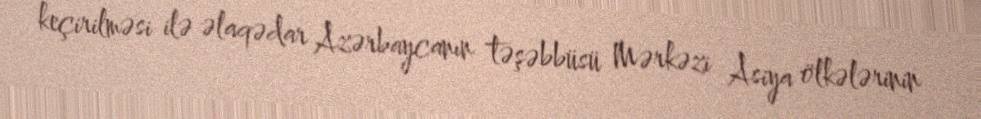
keçirilməsi ilə əlaqədar Azərbaycanın təşəbbüsü Mərkəzi Asiya ölkələrinin